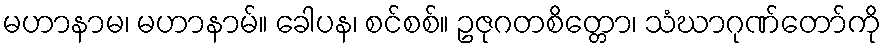
မဟာနာမ၊ မဟာနာမ်။ ခေါပန၊ စင်စစ်။ ဥဇုဂတစိတ္တော၊ သံဃာဂုဏ်တော်ကို